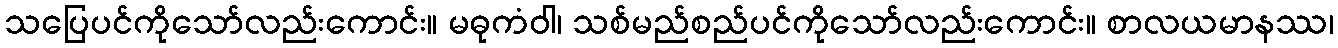
သပြေပင်ကိုသော်လည်းကောင်း။ မဓုကံဝါ၊ သစ်မည်စည်ပင်ကိုသော်လည်းကောင်း။ စာလယမာနဿ၊